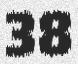
38